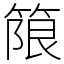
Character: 䈨